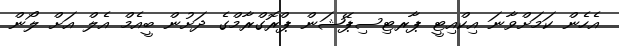
އެހެން ކަމަށްވާނަ އިކްއިޓީ ޕާރޓިސިޕޭޝަން ޕްރޮގްރާމްގެ ދަށުން ބީއެމް އެލް އަށް ލޯން